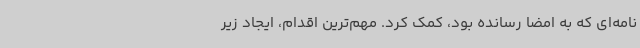
نامه‌ای که به امضا رسانده بود، کمک کرد. مهم‌ترین اقدام، ایجاد زیر